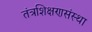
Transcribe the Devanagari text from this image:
तंत्रशिक्षणसंस्था